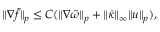
\begin{array} { r } { \| \nabla \tilde { f } \| _ { p } \leq C ( \| \nabla \tilde { \omega } \| _ { p } + \| \dot { \kappa } \| _ { \infty } \| u \| _ { p } ) , } \end{array}